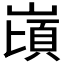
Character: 𪩌